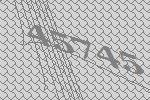
45745